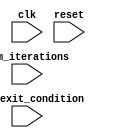
module behavioral_loop_block (
    input clk,
    input reset,
    input [7:0] num_iterations,
    input [7:0] loop_exit_condition
);

    reg [7:0] counter;

    always @(posedge clk or posedge reset) begin
        if (reset) begin
            counter <= 0;
        end else if (counter < num_iterations && counter < loop_exit_condition) begin
            // Loop body statements
            // Insert your statements here
            
            counter <= counter + 1;
        end
    end

endmodule